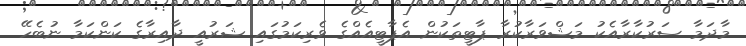
މާދަމާ ސަރުކާރާއެކު މަޝްވަރާކުރާ ޕާޓީތަކުން އެޕާޓީއެއްގެ ވެރިކަމުގައި ޝަރުއީ ދާއިރާގެ ކަންކަމާ ނުބެހޭ